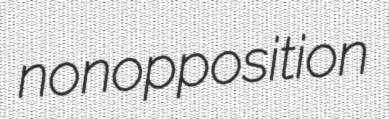
nonopposition